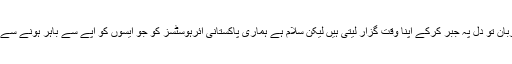
بین الاقوامی ائیرلائنز کی فضائی میزبان تو دل پہ جبر کرکے اپنا وقت گزار لیتی ہیں لیکن سلام ہے ہماری پاکستانی ائرہوسٹسز کو جو ایسوں کو آپے سے باہر ہونے سے پہلے ہی واپس اوقات پہ لے آتی ہیں۔